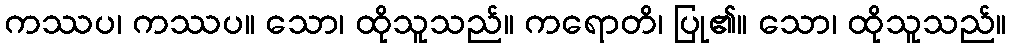
ကဿပ၊ ကဿပ။ သော၊ ထိုသူသည်။ ကရောတိ၊ ပြု၏။ သော၊ ထိုသူသည်။